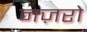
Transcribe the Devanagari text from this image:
नज़रो